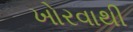
ખોરવાથી